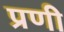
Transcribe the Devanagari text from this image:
प्रणी